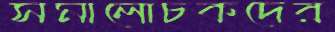
সমালোচকদের